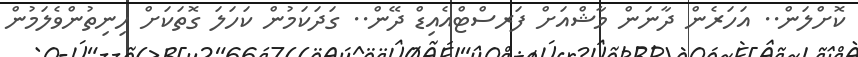
ކޮށްލަން.. އަހަރެން ދާނަން މާޝްއަށް ފަރސްޓްއެއިޑް ދޭން.. ގަދަކަމުން ކަހަލަ ގޮތަކަށް ހިނިތުންވެލަމުންް